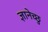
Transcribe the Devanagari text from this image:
ज्ञानेच्छु